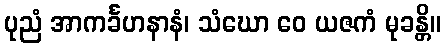
ပုညံ အာကင်္ခဟနာနံ၊ သံဃော ဝေ ယဇကံ မုခန္တိ။